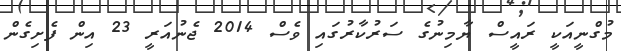
މުގްނީއަކީ ރައީސް ޔާމިނުގެ ސަރުކާރުގައި ވެސް 2014 ޖެނުއަރީ 23 އިން ފެށިގެން